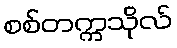
စစ်တက္ကသိုလ်